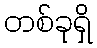
တစ်ခုရှိ